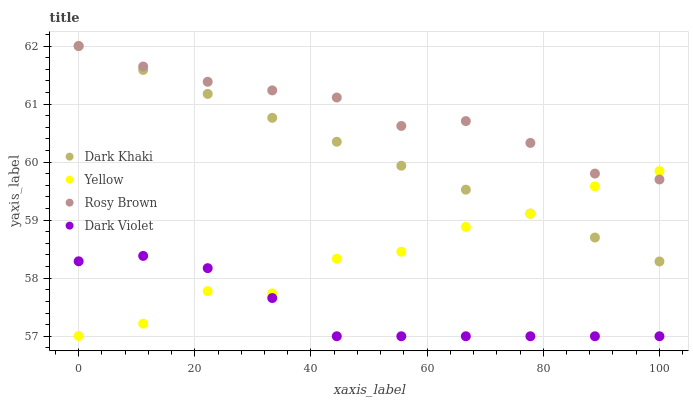
| xaxis_label | Dark Khaki | Yellow | Rosy Brown | Dark Violet |
 | --- | --- | --- | --- | --- |
 | 0 | 62 | 57 | 62 | 58.3 |
 | 11.1 | 61.6 | 57.2 | 61.6 | 58.4 |
 | 22.2 | 61.2 | 57.8 | 61.4 | 58.2 |
 | 33.3 | 60.8 | 57.7 | 61.2 | 57.7 |
 | 44.4 | 60.4 | 58.3 | 61.1 | 57 |
 | 55.6 | 59.9 | 58.5 | 60.6 | 57 |
 | 66.7 | 59.5 | 58.9 | 60.7 | 57 |
 | 77.8 | 59.1 | 59.1 | 60.3 | 57 |
 | 88.9 | 58.7 | 59.6 | 59.8 | 57 |
 | 100 | 58.3 | 59.8 | 59.7 | 57 |